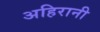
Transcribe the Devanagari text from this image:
अहिरानी